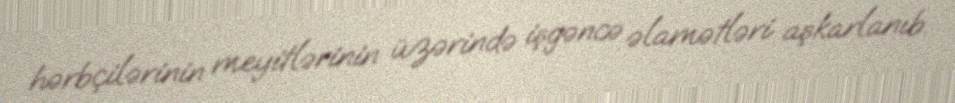
hərbçilərinin meyitlərinin üzərində işgəncə əlamətləri aşkarlanıb.